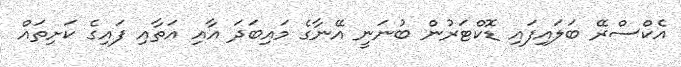
އެކްސްރޭ ބަލައިފައި ޑޮކްޓަރުން ބުނަނީ އޭނާގެ މައިބަދަ އާއި އަތާއި ފައިގެ ކަށިތައް